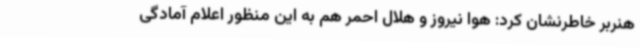
هنربر خاطرنشان کرد: هوا نیروز و هلال احمر هم به این منظور اعلام آمادگی